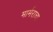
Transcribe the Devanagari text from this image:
मार्मराचा